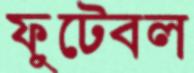
ফুটেবল